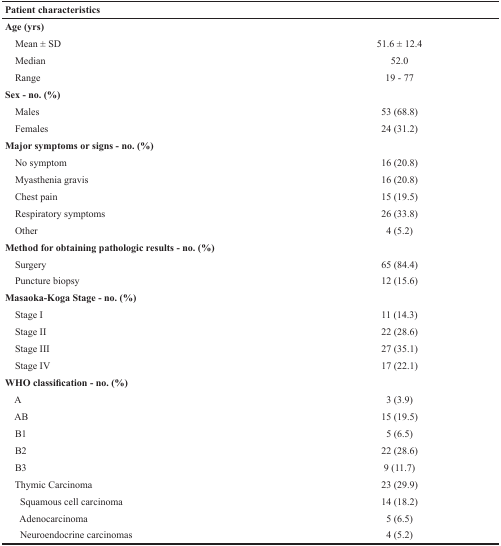
| Patient characteristics |  |
 | --- | --- |
 | Age (yrs) |  |
 | Mean ± SD | 51.6 ± 12.4 |
 | Median | 52.0 |
 | Range | 19 - 77 |
 | Sex - no. (%) |  |
 | Males | 53 (68.8) |
 | Females | 24 (31.2) |
 | Major symptoms or signs - no. (%) |  |
 | No symptom | 16 (20.8) |
 | Myasthenia gravis | 16 (20.8) |
 | Chest pain | 15 (19.5) |
 | Respiratory symptoms | 26 (33.8) |
 | Other | 4 (5.2) |
 | Method for obtaining pathologic results - no. (%) |  |
 | Surgery | 65 (84.4) |
 | Puncture biopsy | 12 (15.6) |
 | Masaoka-Koga Stage - no. (%) |  |
 | Stage I | 11 (14.3) |
 | Stage II | 22 (28.6) |
 | Stage III | 27 (35.1) |
 | Stage IV | 17 (22.1) |
 | WHO classification - no. (%) |  |
 | A | 3 (3.9) |
 | AB | 15 (19.5) |
 | B1 | 5 (6.5) |
 | B2 | 22 (28.6) |
 | B3 | 9 (11.7) |
 | Thymic Carcinoma | 23 (29.9) |
 | Squamous cell carcinoma | 14 (18.2) |
 | Adenocarcinoma | 5 (6.5) |
 | Neuroendocrine carcinomas | 4 (5.2) |